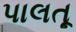
પાલતૂ